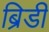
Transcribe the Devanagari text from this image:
ब्रिडी